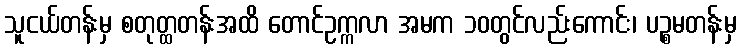
သူငယ်တန်းမှ စတုတ္ထတန်းအထိ တောင်ဥက္ကလာ အမက ၁၀တွင်လည်းကောင်း၊ ပဉ္စမတန်းမှ